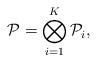
LaTeX: \begin{align*} \mathcal{P}=\bigotimes_{i=1}^{K}\mathcal{P}_{i},\end{align*}